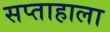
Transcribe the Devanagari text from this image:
सप्‍ताहाला